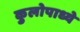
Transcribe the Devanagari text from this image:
कुलोपाध्ये